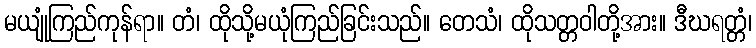
မယျုံကြည်ကုန်ရာ။ တံ၊ ထိုသို့မယုံကြည်ခြင်းသည်။ တေသံ၊ ထိုသတ္တဝါတို့အား။ ဒီဃရတ္တံ၊